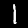
Label: 1